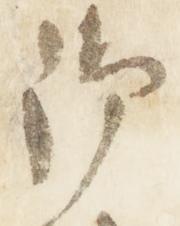
御